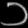
Digit: ၁